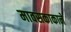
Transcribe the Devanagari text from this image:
मावसकाकाने